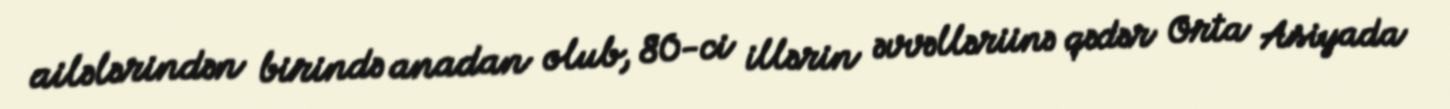
ailələrindən birində anadan olub, 80-ci illərin əvvəlləriinə qədər Orta Asiyada